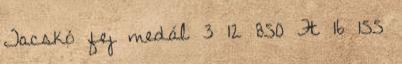
Tacskó fej medál 3 12 850 Ft 16 155